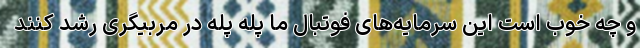
و چه خوب است این سرمایه‌های فوتبال ما پله پله در مربیگری رشد کنند